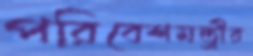
পরিবেশমন্ত্রীর